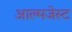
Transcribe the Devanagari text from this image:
आल्मजेस्ट